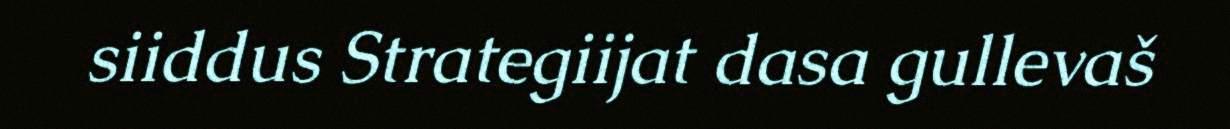
siiddus Strategiijat dasa gullevaš